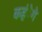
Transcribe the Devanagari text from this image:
कहंेगे